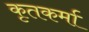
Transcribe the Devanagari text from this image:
कृतकर्मा